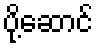
ပို့ဆောင်